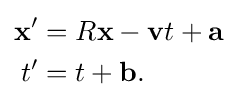
{\begin{aligned}\mathbf {x} '&=R\mathbf {x} -\mathbf {v} t+\mathbf {a} \\t'&=t+\mathbf {b} .\end{aligned}}